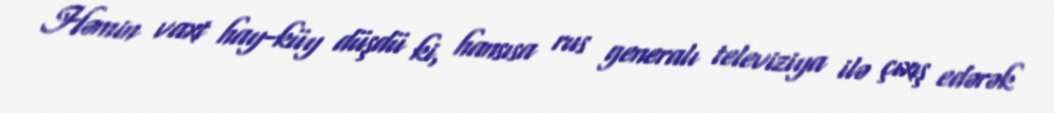
Həmin vaxt hay-küy düşdü ki, hansısa rus generalı televiziya ilə çıxış edərək